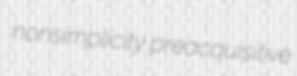
nonsimplicity preacquisitive